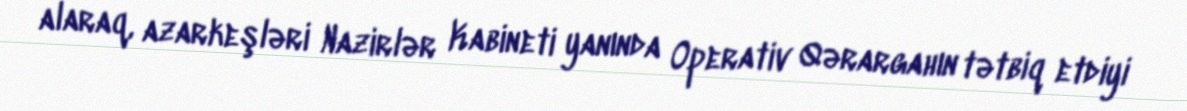
alaraq, azarkeşləri Nazirlər Kabineti yanında Operativ Qərargahın tətbiq etdiyi